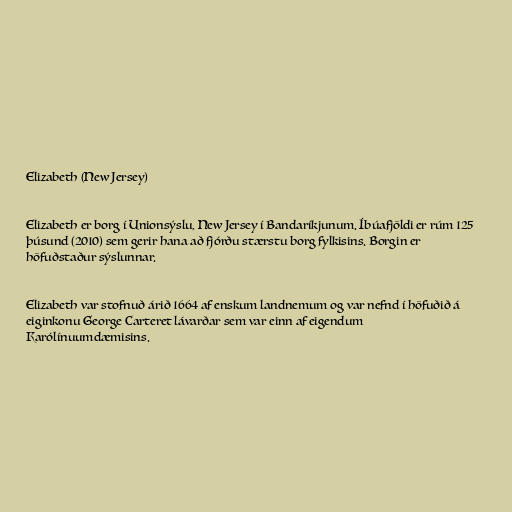
Elizabeth (New Jersey)

Elizabeth er borg í Unionsýslu, New Jersey í Bandaríkjunum. Íbúafjöldi er rúm 125
þúsund (2010) sem gerir hana að fjórðu stærstu borg fylkisins. Borgin er
höfuðstaður sýslunnar.

Elizabeth var stofnuð árið 1664 af enskum landnemum og var nefnd í höfuðið á
eiginkonu George Carteret lávarðar sem var einn af eigendum
Karólínuumdæmisins.